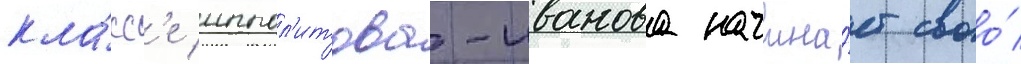
кла́сс'е иппол'итова-иванова начина́ет своо́